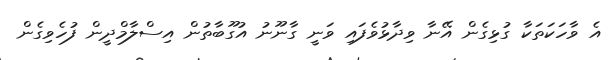
އެ ވާހަކަތަކާ ގުޅިގެން އޭނާ ވިދާޅުވެފައި ވަނީ ގާނޫނު އުގޫބާތުން އިސްލާމްދީން ފުހެވިގެން